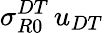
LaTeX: \sigma_{R0}^{DT}\, u_{DT}